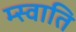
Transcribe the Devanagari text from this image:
म्स्वाति